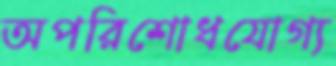
অপরিশোধযোগ্য